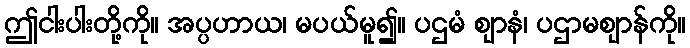
ဤငါးပါးတို့ကို။ အပ္ပဟာယ၊ မပယ်မူ၍။ ပဌမံ ဈာနံ၊ ပဌာမဈာန်ကို။